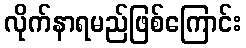
လိုက်နာရမည်ဖြစ်ကြောင်း